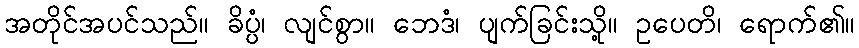
အတိုင်အပင်သည်။ ခိပ္ပံ၊ လျင်စွာ။ ဘေဒံ၊ ပျက်ခြင်းသို့။ ဥပေတိ၊ ရောက်၏။